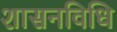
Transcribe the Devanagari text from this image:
शासनविधि